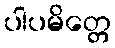
ပါပမိတ္တေ